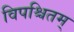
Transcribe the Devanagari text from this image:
विपश्चितम्